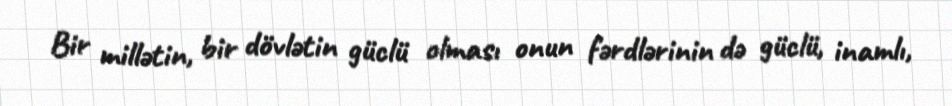
Bir millətin, bir dövlətin güclü olması onun fərdlərinin də güclü, inamlı,